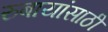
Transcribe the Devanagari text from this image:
रुबायांसाठी